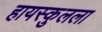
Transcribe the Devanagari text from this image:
हायस्कुलला